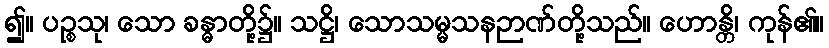
၍။ ပဉ္စသု၊ သော ခန္ဓာတို့၌။ သဋ္ဌိ၊ သောသမ္မသနဉာဏ်တို့သည်။ ဟောန္တိ၊ ကုန်၏။